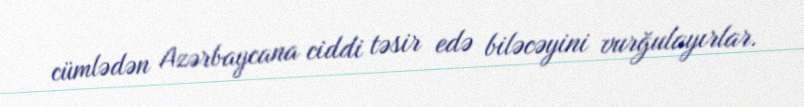
cümlədən Azərbaycana ciddi təsir edə biləcəyini vurğulayırlar.